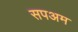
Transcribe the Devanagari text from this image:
सपअम